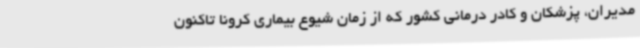
مدیران، پزشکان و کادر درمانی کشور که از زمان شیوع بیماری کرونا تاکنون